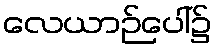
လေယာဉ်ပေါ်၌